Report on vaccination in Madras 1895-1903 - 1895-1903
Year: 1895
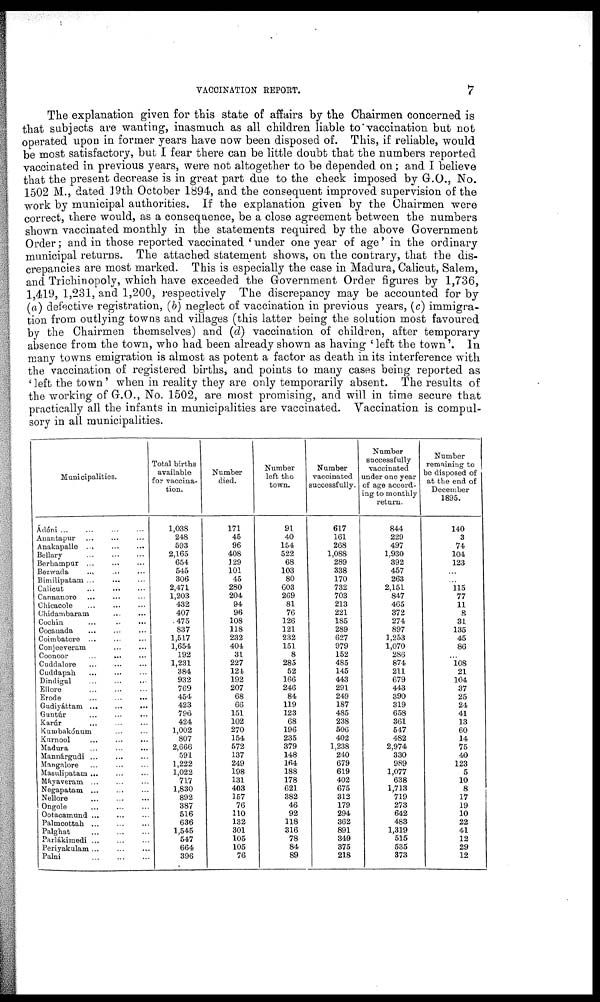
VACCINATION REPORT.
7
The explanation given for this state of affairs by the Chairmen concerned is
that subjects are wanting, inasmuch as all children liable to vaccination but not
operated upon in former years have now been disposed of. This, if reliable, would
be most satisfactory, but I fear there can be little doubt that the numbers reported
vaccinated in previous years, were not altogether to be depended on; and I believe
that the present decrease is in great part due to the check imposed by G.O., No.
1502 M., dated 19th October 1894, and the consequent improved supervision of the
work by municipal authorities. If the explanation given by the Chairmen were
correct, there would, as a consequence, be a close agreement between the numbers
shown vaccinated monthly in the statements required by the above Government
Order; and in those reported vaccinated ' under one year of age' in the ordinary
municipal returns. The attached statement shows, on the contrary, that the dis-
crepancies are most marked. This is especially the case in Madura, Calicut, Salem,
and Trichinopoly, which have exceeded the Government Order figures by 1,736,
1,419, 1,231, and 1,200, respectively The discrepancy may be accounted for by
(a) defective registration, (b) neglect of vaccination in previous years, (c) immigra-
tion from outlying towns and villages (this latter being the solution most favoured
by the Chairmen themselves) and (d) vaccination of children, after temporary
absence from the town, who had been already shown as having 'left the town'. In
many towns emigration is almost as potent a factor as death in its interference with
the vaccination of registered births, and points to many cases being reported as
'left the town' when in reality they are only temporarily absent. The results of
the working of G.O., No. 1502, are most promising, and will in time secure that
practically all the infants in municipalities are vaccinated. Vaccination is compul-
sory in all municipalities.
Municipalities.
Ádóni ... ... ... ...
Anantapur ... ... ...
Anakapalle ... ... ...
Bellary ... ... ...
Berhampur ... ... ...
Bezwada ... ... ...
Bimilipatam
...
...
...
Calicut ... ... ...
Cannanore ... ... ...
Chicacole ... ... ...
Chidambaram ... ...
Cochin ... ... ...
Cocanada ... ... ...
Coimbatore ... ... ...
Conjeeveram ... ...
Coonoor ... ... ...
Cuddalore ... ... ...
Cuddapah ... ... ...
Dindigul ... ... ...
Ellore
...
...
...
Erode
...
...
...
Gudiyáttam
...
...
...
Guntúr ... ... ...
Karúr ... ... ...
Kumbakónum ... ...
Kurnool ... ... ...
Madura ... ... ...
Mannárgudi ... ... ...
Mangalore ... ... ...
Masulipatam ... ... ...
Máyaveram ... ... ...
Negapatam ... ... ...
Nellore
...
...
...
Ongole
...
...
...
Ootacamund ... ... ...
Palmcottah ... ... ...
Palghat
...
...
...
Parlákimedi
...
...
...
Periyakulam ... ... ...
Palni
...
...
...
Total births
available
for vaccina-
tion.
1,038
248
593
2,165
654
545
306
2,471
1,203
432
407
475
837
1,517
1,654
192
1,231
384
932
769
454
423
796
424
1,002
807
2,666
591
1,222
1,022
717
1,830
892
387
516
636
1,545
547
664
396
Number
died.
171
45
96
408
129
101
45
280
204
94
96
108
118
232
404
31
227
124
192
207
68
66
151
102
270
154
572
137
249
198
131
403
157
76
110
132
301
105
105
76
Number
left the
town.
91
40
154
522
68
103
80
603
269
81
76
126
121
232
151
8
285
52
166
246
84
119
123
68
196
235
379
148
164
188
178
621
382
46
92
118
316
78
84
89
Number
vaccinated
successfully.
617
161
268
1,088
289
338
170
732
703
213
221
185
289
627
979
152
485
145
443
291
249
187
485
238
606
402
1,238
240
679
619
402
675
312
179
294
362
891
349
375
218
Number
successfully
vaccinated
under one year
of age accord-
ing to monthly
return.
844
229
497
1,930
392
457
263
2,151
847
465
372
274
897
1,253
1,070
286
874
211
679
443
390
319
658
361
547
482
2,974
330
989
1,077
638
1,713
719
273
642
483
1,319
515
535
373
Number
remaining to
be disposed of
at the end of
December
1895.
140
3
74
104
123
...
...
115
77
11
8
31
135
45
86
...
108
21
104
37
25
24
41
13
60
14
75
40
123
5
10
8
17
19
10
22
41
12
29
12